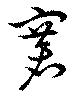
褰